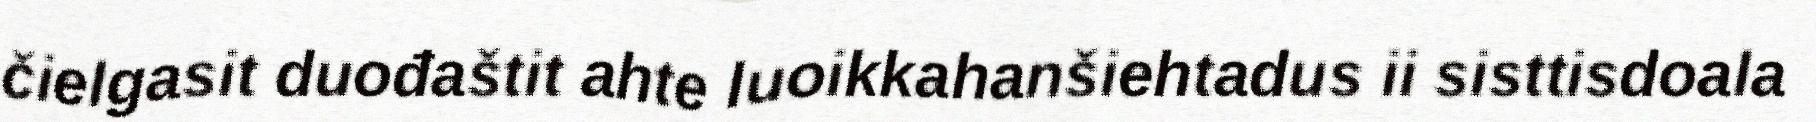
čielgasit duođaštit ahte luoikkahanšiehtadus ii sisttisdoala